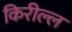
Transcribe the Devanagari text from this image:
किरील्ल